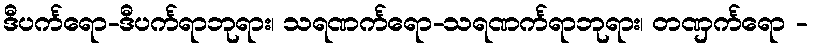
ဒီပင်္ကရော-ဒီပင်္ကရာဘုရား၊ သရဏင်္ကရော-သရဏင်္ကရာဘုရား၊ တဏှင်္ကရော -